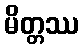
မိတ္တဿ